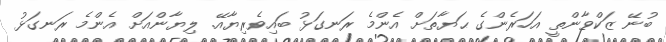
ބުނޭ ޒަކްވާންތީ އަހަރެންގެ ޙަޔާތަށް އެންމެ ރަނގަޅު ބައިވެރިޔާއޭ. ލިޔާންއަށް އެންމެ ރަނގަޅު